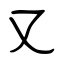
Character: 又